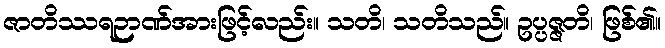
ဇာတိဿရဉာဏ်အားဖြင့်လည်း။ သတိ၊ သတိသည်။ ဥပ္ပဇ္ဇတိ၊ ဖြစ်၏။